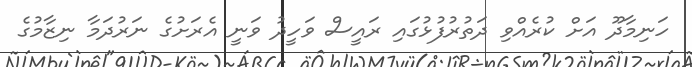
ހަނިމާދޫ އަށް ކުރެއްވި ދަތުރުފުޅުގައި ރައީސް ވަހީދު ވަނީ އެރަށުގެ ނަރުދަމާ ނިޒާމުގެ